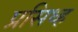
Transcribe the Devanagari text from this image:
प्रसिध्ह